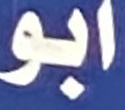
ابو